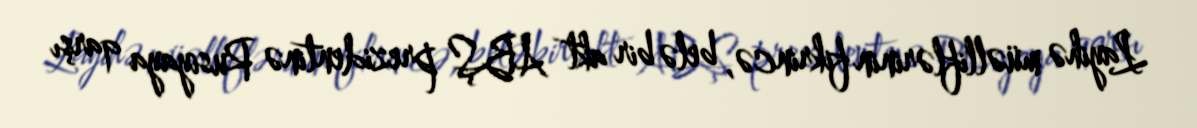
Layihə müəlliflərinin fikrincə, belə bir akt ABŞ prezidentinə Rusiyaya qarşı